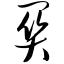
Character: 关